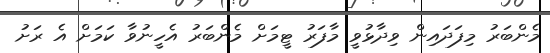
މެންބަރު މިފަދައިން ވިދާޅުވީ މާފަރު ޓީމަށް މެންބަރު އެހީނުވާ ކަމަށް އެ ރަށު